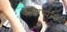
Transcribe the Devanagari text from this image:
बंगारप्पांना